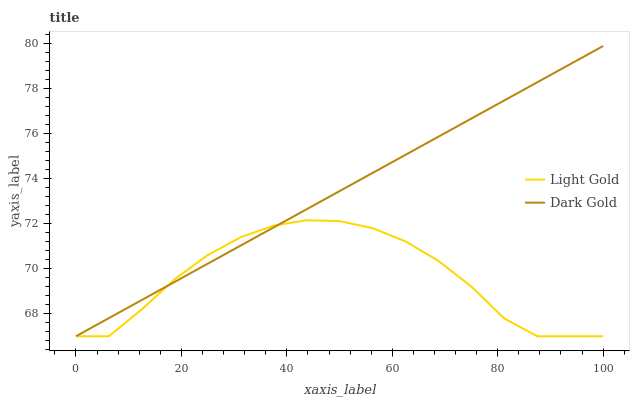
| xaxis_label | Light Gold | Dark Gold |
 | --- | --- | --- |
 | 0 | 67 | 67 |
 | 6.25 | 67 | 67.8 |
 | 12.5 | 68.2 | 68.6 |
 | 18.8 | 69.5 | 69.4 |
 | 25 | 70.6 | 70.2 |
 | 31.2 | 71.4 | 71 |
 | 37.5 | 71.9 | 71.8 |
 | 43.8 | 72.2 | 72.6 |
 | 50 | 72.1 | 73.5 |
 | 56.2 | 71.8 | 74.3 |
 | 62.5 | 71.2 | 75.1 |
 | 68.8 | 70.4 | 75.9 |
 | 75 | 69.2 | 76.7 |
 | 81.2 | 67.8 | 77.5 |
 | 87.5 | 67 | 78.3 |
 | 93.8 | 67 | 79.1 |
 | 100 | 67 | 79.9 |